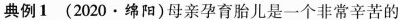
典例1（2020·绵阳）目前孕育胎儿是一个非常辛苦的